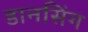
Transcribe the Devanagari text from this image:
डानसिंग